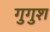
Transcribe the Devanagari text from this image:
गुगुश